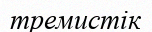
тремистік